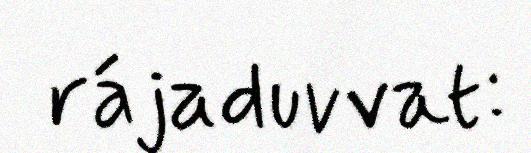
rájaduvvat: